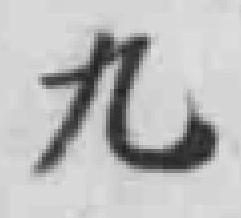
九